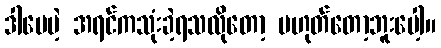
ဒါပေမဲ့ အရင်ကသုံးခဲ့ရသလိုတော့ မဟုတ်တော့ဘူးပေါ့။